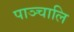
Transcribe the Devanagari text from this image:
पाञ्चालि